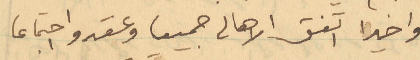
واخيراً اتفق الاهالي جميعا وعقدوا اجتماعا